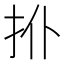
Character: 𢪗